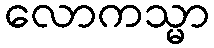
လောကသ္မာ